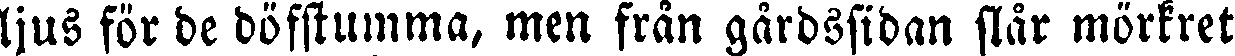
ljus för de döfstumma, men från gårdssidan slår mörkret